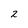
Character: 2